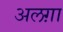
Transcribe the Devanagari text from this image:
अलग़ा